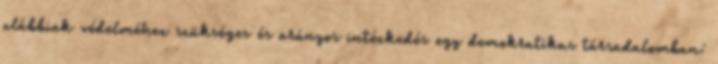
alábbiak védelméhez szükséges és arányos intézkedés egy demokratikus társadalomban: